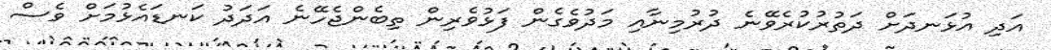
އަދި އުޅަނދަށް ދަތުރުކުރެވޭނެ ދުރުމިނާއި މަދުވެގެން ފަޅުވެރިން ތިބެންޖެހޭނެ އަދަދު ކަނޑައެޅުމަށް ވެސް